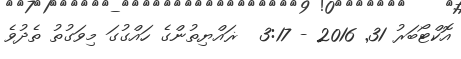
އޮކްޓޯބަރު 31